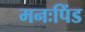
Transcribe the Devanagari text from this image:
मनःपिंड